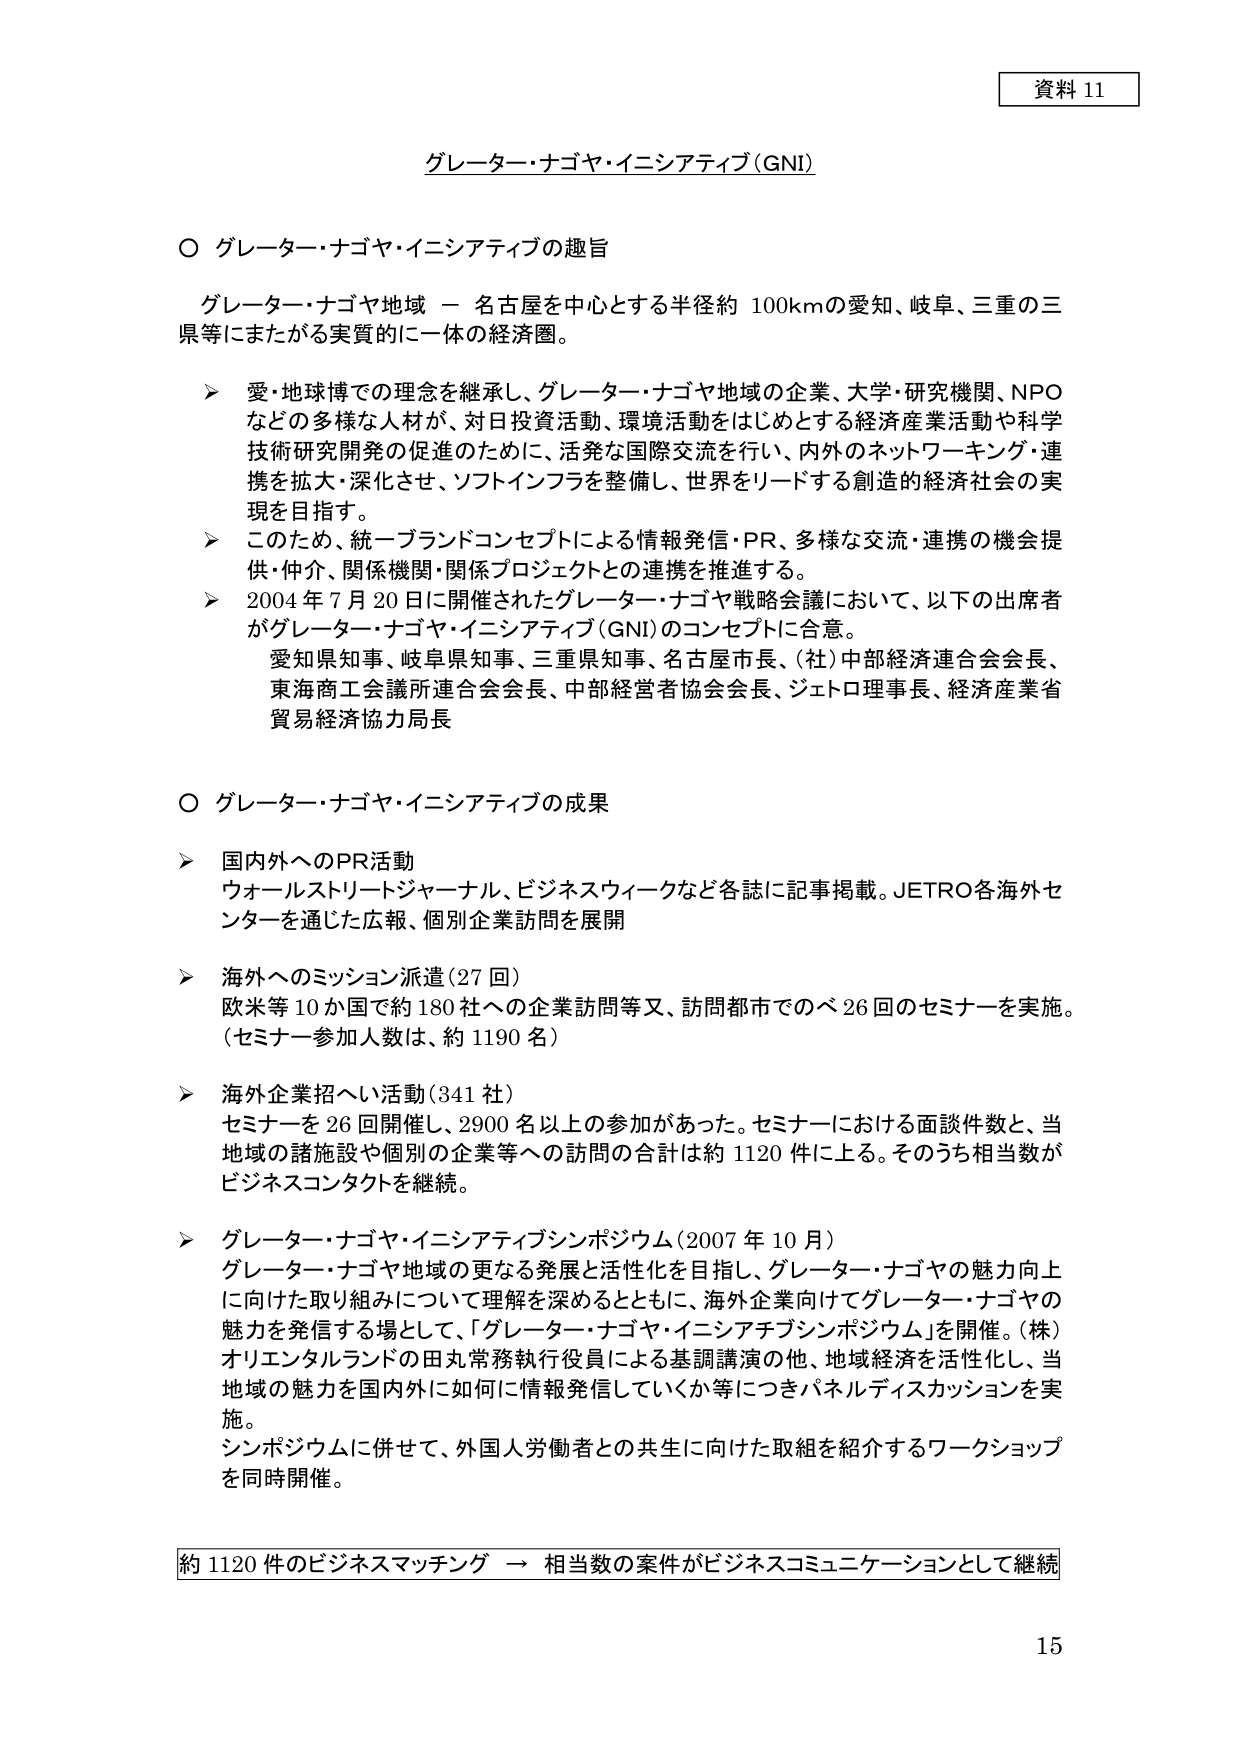
資料 11

グレーター・ナゴヤ・イニシアティブ（GNI）

○ グレーター・ナゴヤ・イニシアティブの趣旨

　グレーター・ナゴヤ地域 － 名古屋を中心とする半径約 100kmの愛知、岐阜、三重の三県等にまたがる実質的に一体の経済圏。

　➤ 愛・地球博での理念を継承し、グレーター・ナゴヤ地域の企業、大学・研究機関、NPOなどの多様な人材が、対日投資活動、環境活動をはじめとする経済産業活動や科学技術研究開発の促進のために、活発な国際交流を行い、内外のネットワーキング・連携を拡大・深化させ、ソフトインフラを整備し、世界をリードする創造的経済社会の実現を目指す。

　➤ このため、統一ブランドコンセプトによる情報発信・PR、多様な交流・連携の機会提供・仲介、関係機関・関係プロジェクトとの連携を推進する。

　➤ 2004 年 7 月 20 日に開催されたグレーター・ナゴヤ戦略会議において、以下の出席者がグレーター・ナゴヤ・イニシアティブ（GNI）のコンセプトに合意。
　　　愛知県知事、岐阜県知事、三重県知事、名古屋市長、（社）中部経済連合会会長、
　　　東海商工会議所連合会会長、中部経営者協会会長、ジェトロ理事長、経済産業省
　　　貿易経済協力局長

○ グレーター・ナゴヤ・イニシアティブの成果

　➤ 国内外へのPR活動
　　　ウォールストリートジャーナル、ビジネスウィークなど各誌に記事掲載。JETRO各海外センターを通じた広報、個別企業訪問を展開

　➤ 海外へのミッション派遣（27 回）
　　　欧米等 10 か国で約 180 社への企業訪問等又、訪問都市でのべ 26 回のセミナーを実施。
　　　（セミナー参加人数は、約 1190 名）

　➤ 海外企業招へい活動（341 社）
　　　セミナーを 26 回開催し、2900 名以上の参加があった。セミナーにおける面談件数と、当地域の諸施設や個別の企業等への訪問の合計は約 1120 件に上る。そのうち相当数がビジネスコンタクトを継続。

　➤ グレーター・ナゴヤ・イニシアティブシンポジウム（2007 年 10 月）
　　　グレーター・ナゴヤ地域の更なる発展と活性化を目指し、グレーター・ナゴヤの魅力向上に向けた取り組みについて理解を深めるとともに、海外企業向けてグレーター・ナゴヤの魅力を発信する場として、「グレーター・ナゴヤ・イニシアティブシンポジウム」を開催。（株）オリエンタルランドの田丸常務執行役員による基調講演の他、地域経済を活性化し、当地域の魅力を国内外に如何に情報発信していくか等につきパネルディスカッションを実施。
　　　シンポジウムに併せて、外国人労働者との共生に向けた取組を紹介するワークショップを同時開催。

約 1120 件のビジネスマッチング → 相当数の案件がビジネスコミュニケーションとして継続

15